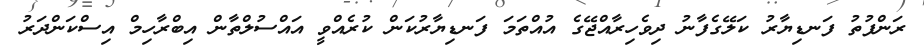
ރަންފުތު ފަނޑިޔާރު ކަލޭގެފާނު ދިވެހިރާއްޖޭގެ އުއްތަމަ ފަނޑިޔާރުކަން ކުރެއްވީ އައްސުލްތާން އިބްރާހިމް އިސްކަންދަރު